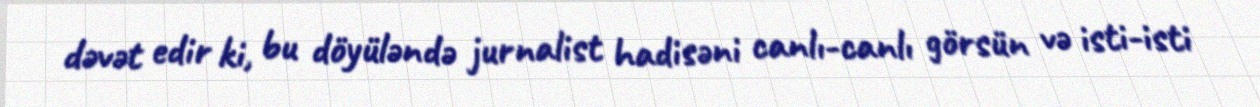
dəvət edir ki, bu döyüləndə jurnalist hadisəni canlı-canlı görsün və isti-isti